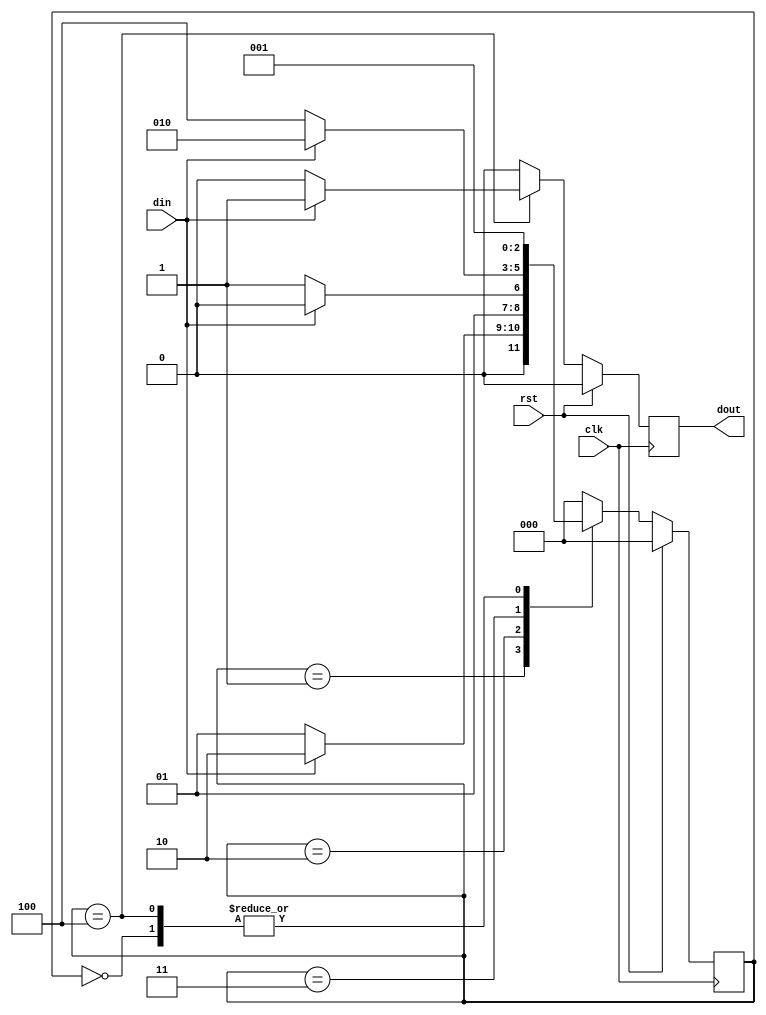
`timescale 1ns / 1ps
module sequnence_detector(
input din,
input clk,
input rst,
output reg dout
    );
    parameter idle = 0;
    parameter s0 = 1;
    parameter s1 = 2;
    parameter s2 = 3;
    parameter s3 = 4;
    reg [2:0] state = idle;
    always@(posedge clk) begin
    if (rst) 
    begin
    state <= idle;
    dout <= 0;
    end
    else 
    begin
    case(state) 
    idle: begin
    state <= s0;
    dout <= 0;
    end
   s0: begin
   if(din) begin
   dout <= 0;
   state <= s1;
   end
   else begin
   state <= s0;
   dout <= 0;
   end
   end
   s1:begin
   if (din) begin
   state <= s1;
   dout <= 0;
   end 
   else begin
   state <= s2;
   dout <= 0;
   end
   end
   s2: begin
   if (din) begin
   dout <= 0;
   state<= s1;
   end
   else begin
   state <= s3;
   dout <= 0;
   end
   end
   s3: begin
   if (din) begin
   dout <= 1;
   state <= s0;
   end
   else begin
   dout <= 0;
   state <= s0;
   end
   end
   default: begin
   state <= idle;
   dout <= 0;
   end
   endcase
   end
   end
endmodule